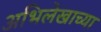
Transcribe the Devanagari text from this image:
अभिलेखाच्या